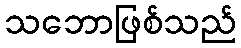
သဘောဖြစ်သည်